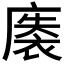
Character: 𰐀